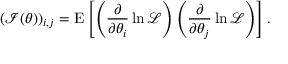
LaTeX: { ( { \mathcal { I } } ( \theta ) ) } _ { i , j } = \operatorname { E } \left[ \left( { \frac { \partial } { \partial \theta _ { i } } } \ln { \mathcal { L } } \right) \left( { \frac { \partial } { \partial \theta _ { j } } } \ln { \mathcal { L } } \right) \right] .